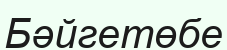
Бәйгетөбе